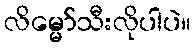
လိမ္မော်သီးလိုပါပဲ။